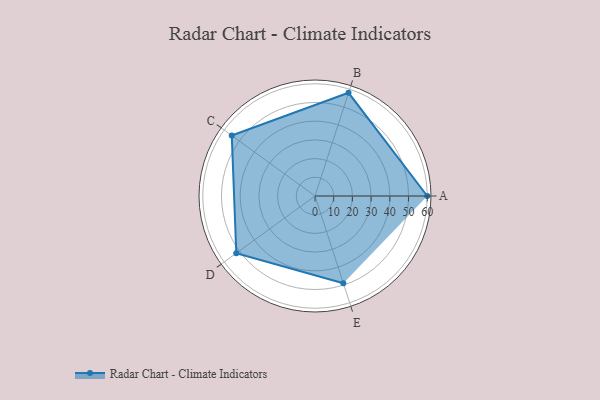
{"axis": {"x": "Skill", "y": "Score"}, "legend": ["Profile"], "data": [{"x": "A", "y": 60.0, "type": "Profile"}, {"x": "B", "y": 58.0, "type": "Profile"}, {"x": "C", "y": 55.0, "type": "Profile"}, {"x": "D", "y": 52.0, "type": "Profile"}, {"x": "E", "y": 49.0, "type": "Profile"}]}